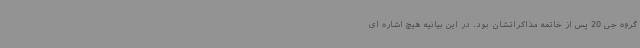
گروه جی 20 پس از خاتمه مذاکراتشان بود. در این بیانیه هیچ اشاره ای